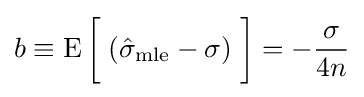
b\equiv \operatorname {E} {\bigg [}\;({\hat {\sigma }}_{\mathrm {mle} }-\sigma )\;{\bigg ]}=-{\frac {\sigma }{4n}}